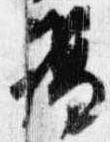
謁